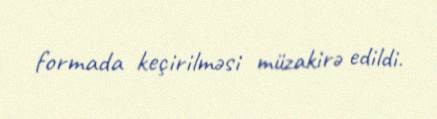
formada keçirilməsi müzakirə edildi.